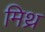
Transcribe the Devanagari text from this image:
मिथ्र